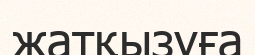
жатқызуға